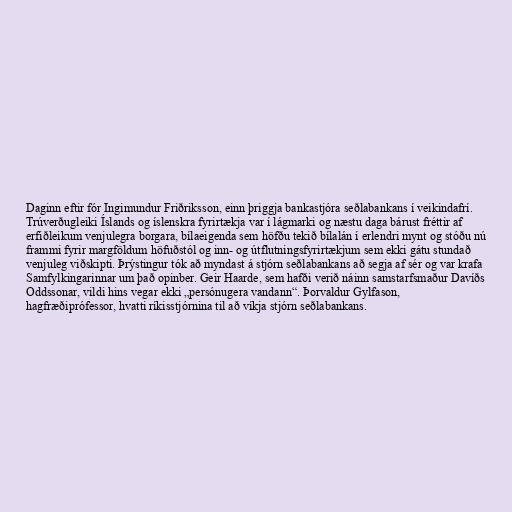
Daginn eftir fór Ingimundur Friðriksson, einn þriggja bankastjóra seðlabankans í veikindafrí.
Trúverðugleiki Íslands og íslenskra fyrirtækja var í lágmarki og næstu daga bárust fréttir af
erfiðleikum venjulegra borgara, bílaeigenda sem höfðu tekið bílalán í erlendri mynt og stóðu nú
frammi fyrir margföldum höfuðstól og inn- og útflutningsfyrirtækjum sem ekki gátu stundað
venjuleg viðskipti. Þrýstingur tók að myndast á stjórn seðlabankans að segja af sér og var krafa
Samfylkingarinnar um það opinber. Geir Haarde, sem hafði verið náinn samstarfsmaður Davíðs
Oddssonar, vildi hins vegar ekki „persónugera vandann“. Þorvaldur Gylfason,
hagfræðiprófessor, hvatti ríkisstjórnina til að víkja stjórn seðlabankans.